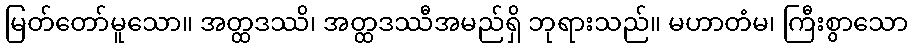
မြတ်တော်မူသော။ အတ္ထဒဿိ၊ အတ္ထဒဿီအမည်ရှိ ဘုရားသည်။ မဟာတံမ၊ ကြီးစွာသော